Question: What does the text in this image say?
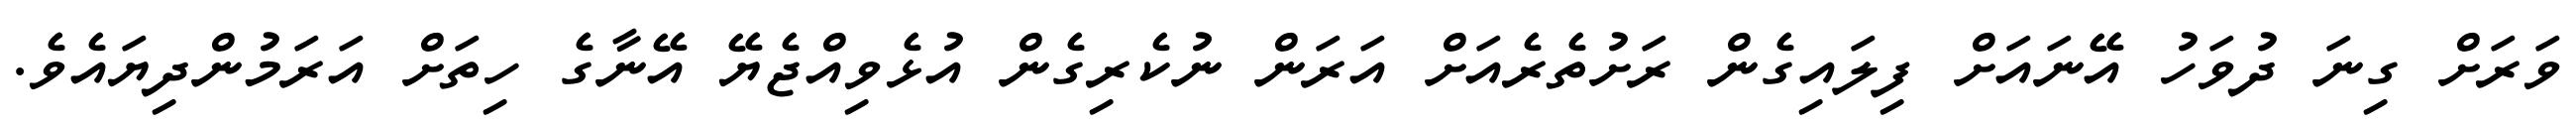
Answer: ވަރަށް ގިނަ ދުވަހު އޭނައަށް ފިލައިގެން ރަށުތެރެއަށް އަރަން ނުކެރިގެން އުޅެވިއްޖެޔޭ އޭނާގެ ހިތަށް އަރަމުންދިޔައެވެ.